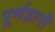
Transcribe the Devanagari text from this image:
पूर्णज्ञानी